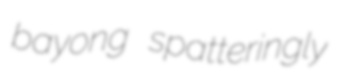
bayong spatteringly